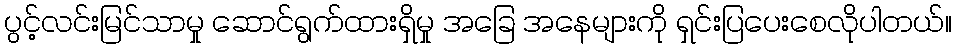
ပွင့်လင်းမြင်သာမှု ဆောင်ရွက်ထားရှိမှု အခြေ အနေများကို ရှင်းပြပေးစေလိုပါတယ်။